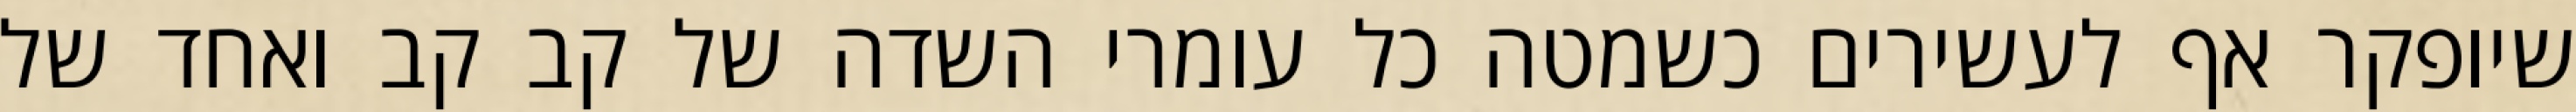
שיופקר אף לעשירים כשמטה כל עומרי השדה של קב קב ואחד של